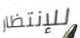
للإنتظار